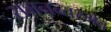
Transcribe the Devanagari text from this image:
समनन्तरमेव